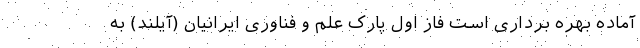
آماده بهره برداری است فاز اول پارک علم و فناوری ایرانیان (آیلند) به